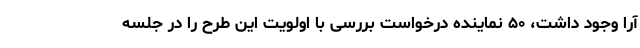
آرا وجود داشت، ۵۰ نماینده درخواست بررسی با اولویت این طرح را در جلسه